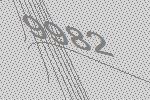
9982